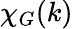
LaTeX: \chi_{G}(k)